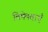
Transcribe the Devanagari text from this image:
विषेषताएँ